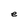
Character: e